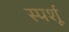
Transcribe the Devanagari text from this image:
स्पर्शू